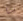
يا